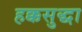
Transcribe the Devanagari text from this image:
हक्कसुद्धा